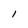
Character: l